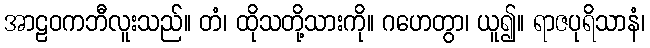
အာဠဝကဘီလူးသည်။ တံ၊ ထိုသတို့သားကို။ ဂဟေတွာ၊ ယူ၍။ ရာဇပုရိသာနံ၊